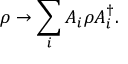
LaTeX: \rho \to \sum _ { i } A _ { i } \rho A _ { i } ^ { \dagger } .